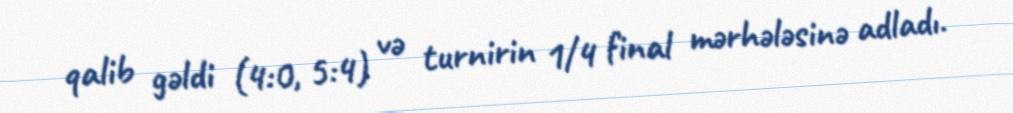
qalib gəldi (4:0, 5:4) və turnirin 1/4 final mərhələsinə adladı.